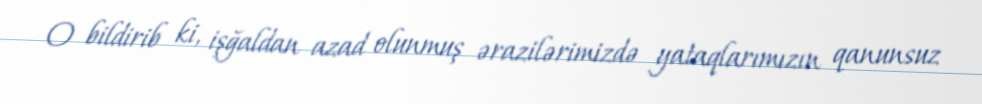
O bildirib ki, işğaldan azad olunmuş ərazilərimizdə yataqlarımızın qanunsuz